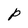
Character: P